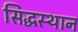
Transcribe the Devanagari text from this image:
सिद्धस्थान